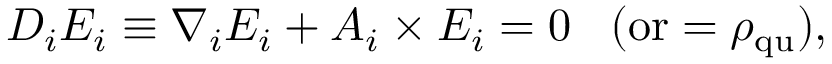
D _ { i } E _ { i } \equiv \nabla _ { i } E _ { i } + A _ { i } \times E _ { i } = 0 \; \; \; \mathrm { ( o r } = \rho _ { \mathrm { q u } } \mathrm { ) } ,